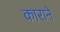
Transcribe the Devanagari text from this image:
काराने